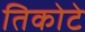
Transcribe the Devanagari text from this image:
तिकोटे